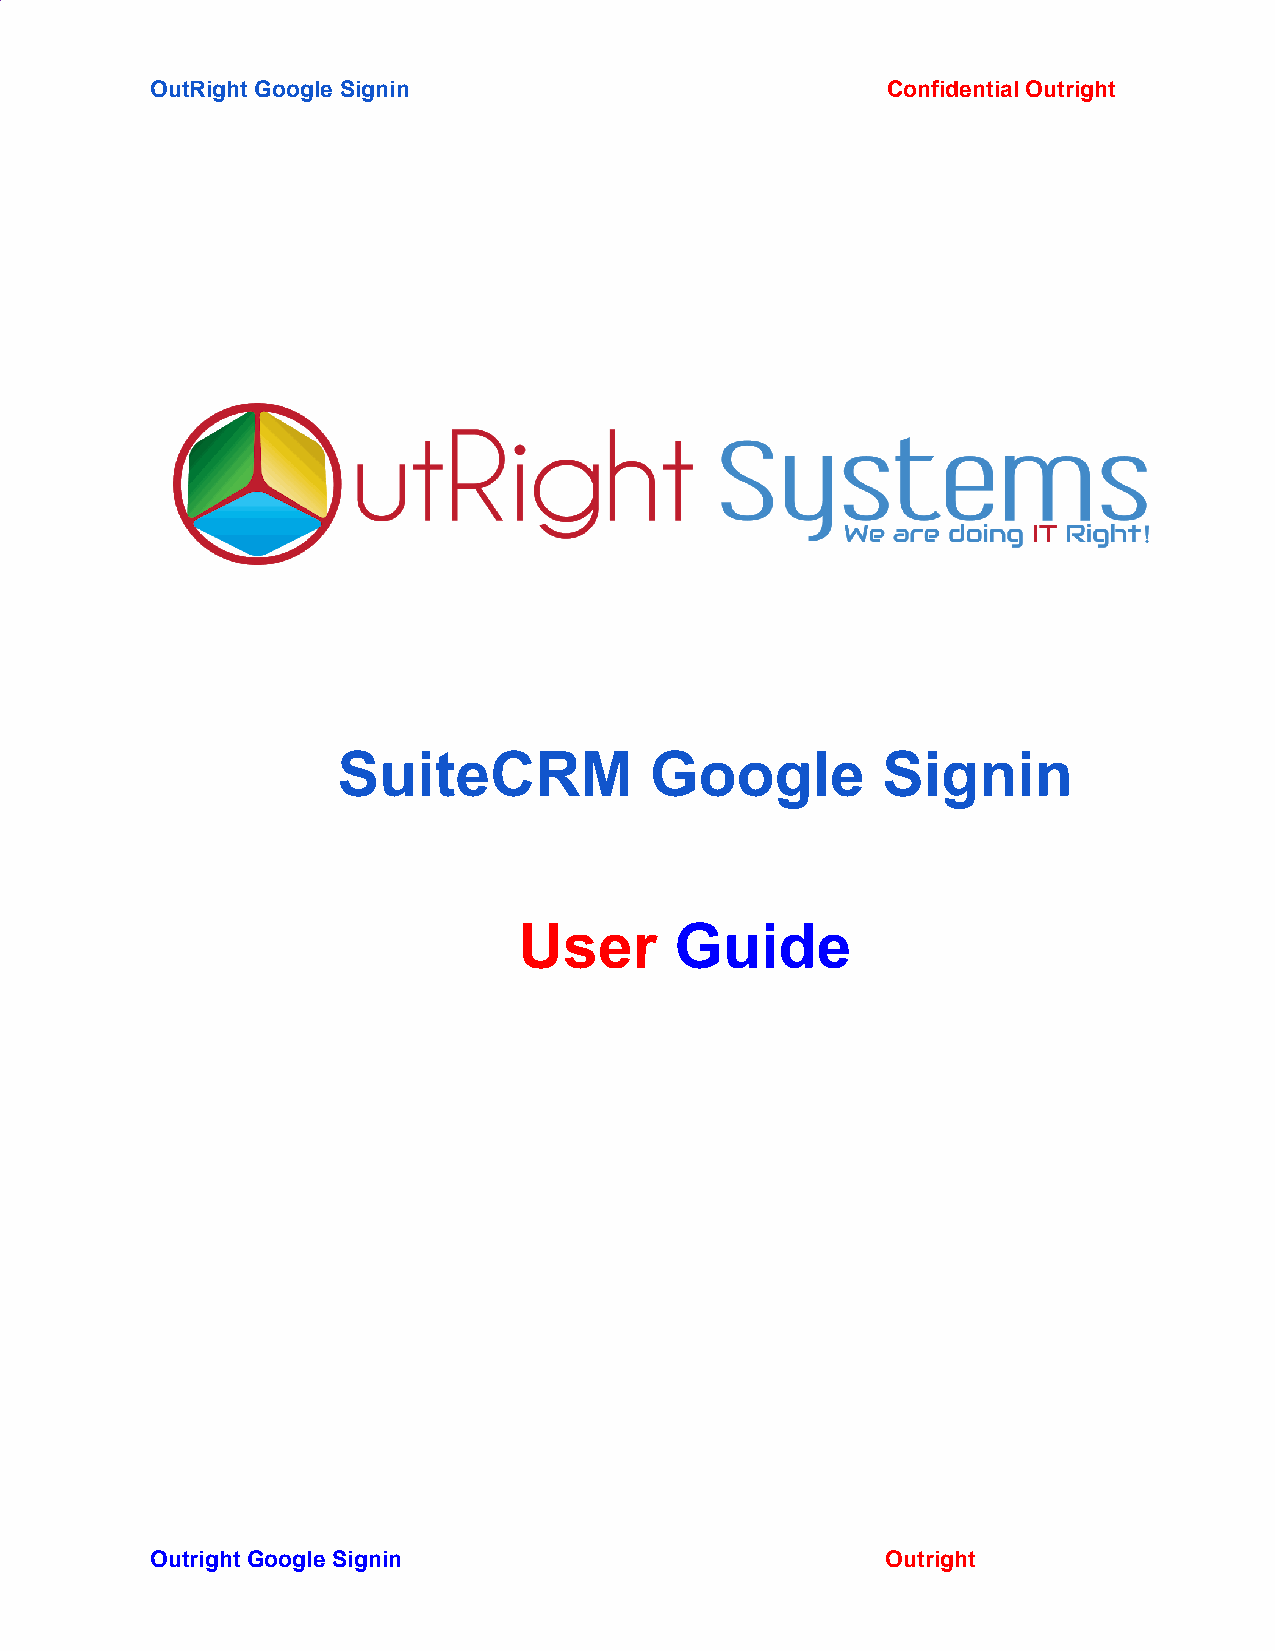
OutRight Google Signin                           Confidential Outright
 ​                               ​
 SuiteCRM             Google         Signin
 ​ ​
 User       Guide
 ​ ​         ​
 Outright Google Signin                           Outright
 ​